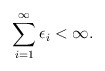
\begin{align*}\sum_{i=1}^{\infty} \epsilon_i < \infty . \end{align*}